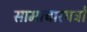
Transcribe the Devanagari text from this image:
सामाचारपत्रों